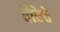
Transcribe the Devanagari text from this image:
तौरेत्ते